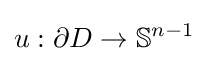
u:\partial D\to \mathbb {S} ^{n-1}